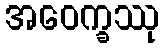
အဝေက္ခဿု